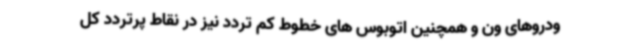
ودروهای ون و همچنین اتوبوس های خطوط کم تردد نیز در نقاط پرتردد کل